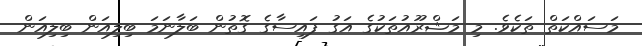
މަސައްކަތް ތަކެވެ. މި މަޝްރޫއުތަކުގެ އަގު ފައިސާގެ ގޮތުން ބަލާނަމަ ބިލިއަން ބިލިއަން